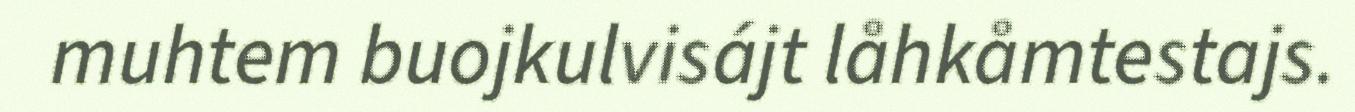
muhtem buojkulvisájt låhkåmtestajs.